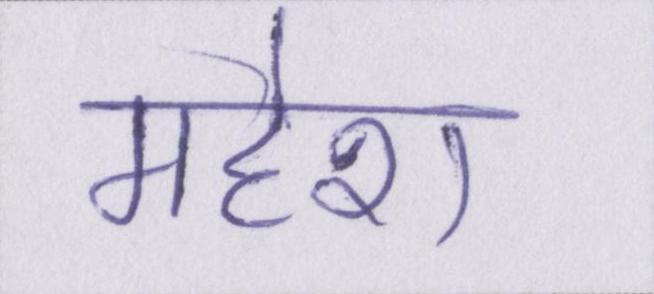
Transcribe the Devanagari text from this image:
महेश